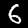
Label: 6